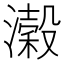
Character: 濲